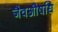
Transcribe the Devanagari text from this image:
जैवऔषधि